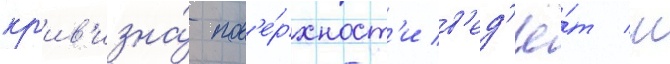
кр'ив'изна́ пов'е́рхност'и в'ед'ё́т к